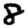
Digit: 8